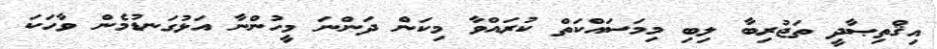
އިޤްތިޞާދީ ތަޖުރިބާ ލިބި މިމަސައްކަތް ކުރައްވާ މިކަން ދަންނަ މީހުންނާ އަޅުގަނޑުމެން ވާހަކަ